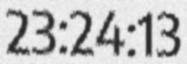
23:24:13